Medical and sanitary report of the native army of Madras for the year
Year: 1872
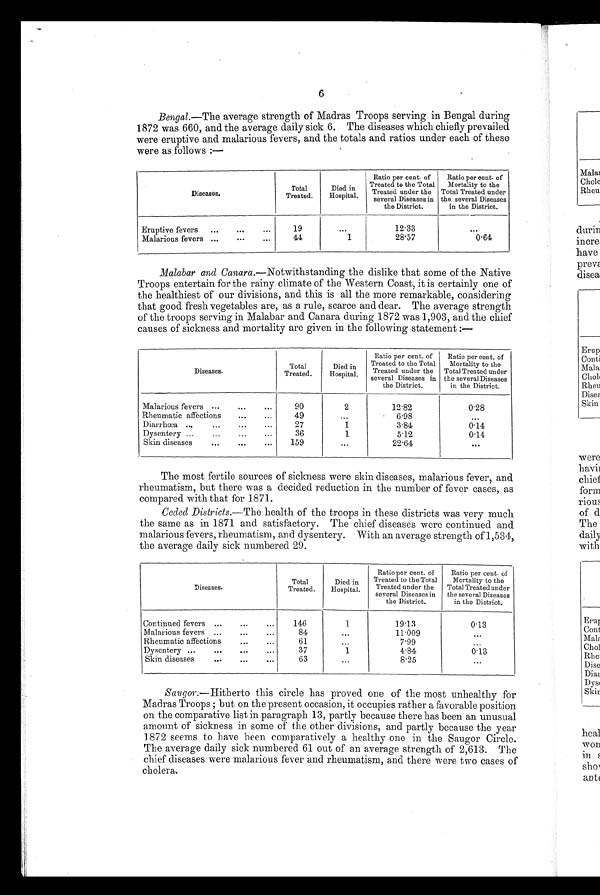
6
Bengal .—The average strength of Madras Troops serving in Bengal during
1872 was 660, and the average daily sick 6. The diseases which chiefly prevailed
were eruptive and malarious fevers, and the totals and ratios under each of these
were as follows :—
Diseases.
Total
Treated.
Died in
Hospital.
Ratio per cent. of
Treated to the Total
Treated under the
several Diseases in
the District.
Ratio per cent. of
Mortality to the
Total Treated under
the several Diseases
in the District.
Eruptive fevers ...
...
...
19
. . .
12.33
. . .
Malarious fevers ...
...
...
44
1
28.57
0.64
Malabar and Canara .—Notwithstanding the dislike that some of the Native
Troops entertain for the rainy climate of the Western Coast, it is certainly one of
the healthiest of our divisions, and this is all the more remarkable, considering
that good fresh vegetables are, as a rule, scarce and dear. The average strength
of the troops serving in Malabar and Canara during 1872 was 1,903, and the chief
causes of sickness and mortality are given in the following statement :—
Diseases.
Total
Treated.
Died in
Hospital.
Ratio per cent. of
Treated to the Total
Treated under the
several Diseases in
the District.
Ratio per cent. of
Mortality to the
Total Treated under
the several Diseases
in the District.
Malarious fevers ...
......
90
2
12.82
0.28
Rheumatic affections
...
...
49
...
6.98
...
Diarrhœa ......
...
...
27
1
3.84
014
Dysentery ...
...
...
...
36
1
5.12
0.14
Skin diseases
...
...
...
159
...
22.64
. . .
The most fertile sources of sickness were skin diseases, malarious fever, and
rheumatism, but there was a decided reduction in the number of fever cases, as
compared with that for 1871.
Ceded Districts .—The health of the troops in these districts was very much
the same as in 1871 and satisfactory. The chief diseases were continued and
malarious fevers, rheumatism, and dysentery. With an average strength of 1,534,
the average daily sick numbered 29.
Diseases.
Total
Treated.
Died in
Hospital.
Ratio per cent. of
Treated to the Total
Treated under the
several Diseases in
the District.
Ratio per cent. of
Mortality to the
Total Treated under
the several Diseases
in the District.
Continued fevers ...
...
...
1 4 6
1
19.13
0.13
Malarious fevers ...
...
...
8 4
. . .
11.009
Rheumatic affections
...
...
6 1
...
7.99
...
Dysentery ...
...
...
...
37
1
4.84
0.13
Skin diseases
...
...
. . .
6 3
...
8.25
...
Saugor .—Hitherto this circle has proved one of the most unhealthy for
Madras Troops ; but on the present occasion, it occupies rather a favorable position
on the comparative list in paragraph 13, partly because there has been an unusual
amount of sickness in some of the other divisions, and partly because the year
1872 seems to have been comparatively a healthy one in the Saugor Circle.
The average daily sick numbered 61 out of an average strength of 2,613. The
chief diseases were malarious fever and rheumatism, and there were two cases of
cholera.